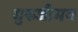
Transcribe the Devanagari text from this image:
गुरुजीमय